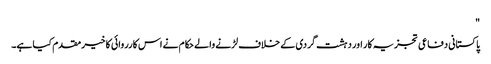
"
پاکستانی دفاعی تجزیہ کار اور دہشت گردی کے خلاف لڑنے والے حکام نے اس کارروائی کا خیرمقدم کیا ہے۔